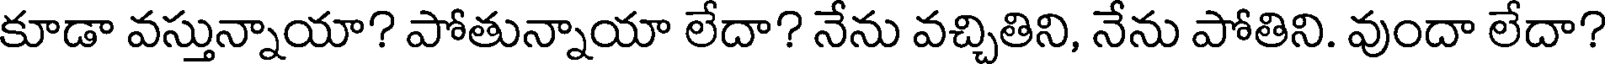
కూడా వస్తున్నాయా? పోతున్నాయా లేదా? నేను వచ్చితిని, నేను పోతిని. వుందా లేదా?